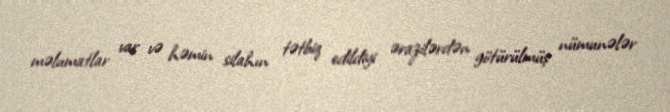
məlumatlar var və həmin silahın tətbiq edildiyi ərazilərdən götürülmüş nümunələr